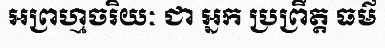
អព្រហ្មចរិយៈ ជា អ្នក ប្រព្រឹត្ត ធម៌